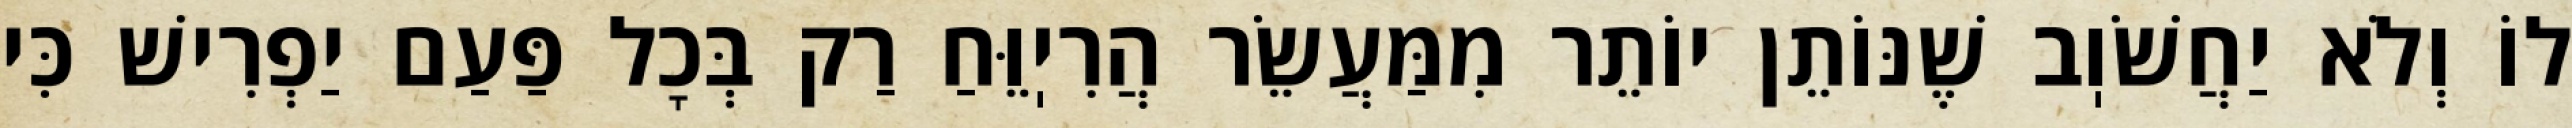
לוֹ וְלֹא יַחֲשֹׁוֽב שֶׁנּוֹתֵן יוֹתֵר מִמַּעֲשֵׂר הֲרִיֽוֵּחַ רַק בְּכׇל פַּעַם יַפְרִישׁ כִּי